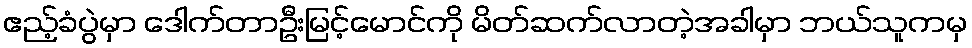
ဧည့်ခံပွဲမှာ ဒေါက်တာဦးမြင့်မောင်ကို မိတ်ဆက်လာတဲ့အခါမှာ ဘယ်သူကမှ